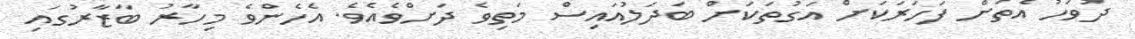
ދުވަހު އެތަށް ފަހަރަކަށް އަގުތަކަށް ބަދަލުއައިސް މަތިވެ ދަށްވެއެވެ. އެހެންވެ މިހާރު ބާޒާރުގައި